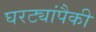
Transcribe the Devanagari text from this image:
घरट्यांपैकी